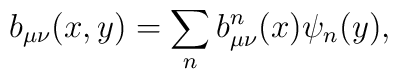
b_{\mu\nu}(x,y) = \sum_n b^n_{\mu\nu}(x) \psi_n(y),